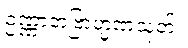
ဥဏ္ဏာဘဗြာဟ္မဏသုတ်။